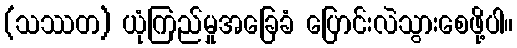
(သဿတ) ယုံကြည်မှုအခြေခံ ပြောင်းလဲသွားစေဖို့ပါ။